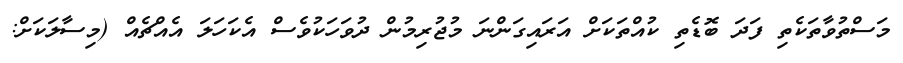
މަސްތުވާތަކެތި ފަދަ ބޮޑެތި ކުއްތަކަށް އަރައިގަންނަ މުޖުރިމުން ދުވަހަކުވެސް އެކަހަލަ އެއްޗެއް (މިސާލަކަށް: